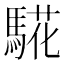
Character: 𩤉